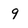
Character: 9